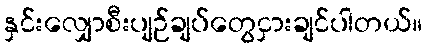
နှင်းလျှောစီးပျဉ်ချပ်တွေငှားချင်ပါတယ်။